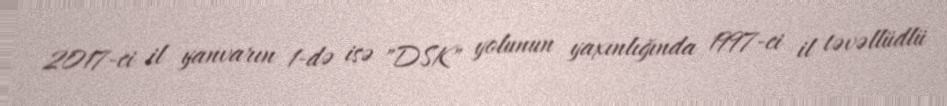
2017-ci il yanvarın 1-də isə "DSK" yolunun yaxınlığında 1997-ci il təvəllüdlü